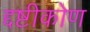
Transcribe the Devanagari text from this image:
द्दष्टीकोण